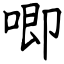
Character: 唧